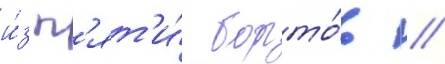
и́з п'ят'и́ борто́в /